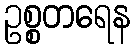
ဥစ္စတရေန